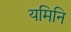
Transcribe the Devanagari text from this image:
यमिनि